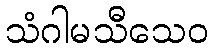
သံဂါမသီသေဝ